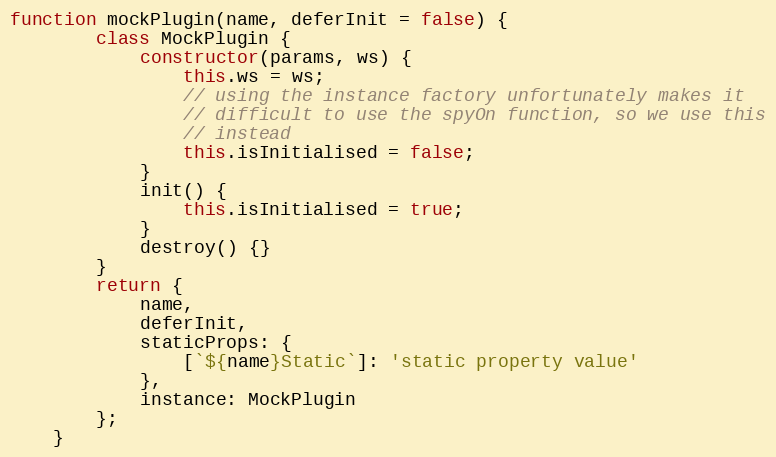
Language: JavaScript
function mockPlugin(name, deferInit = false) {
        class MockPlugin {
            constructor(params, ws) {
                this.ws = ws;
                // using the instance factory unfortunately makes it
                // difficult to use the spyOn function, so we use this
                // instead
                this.isInitialised = false;
            }
            init() {
                this.isInitialised = true;
            }
            destroy() {}
        }
        return {
            name,
            deferInit,
            staticProps: {
                [`${name}Static`]: 'static property value'
            },
            instance: MockPlugin
        };
    }